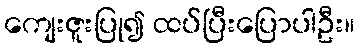
ကျေးဇူးပြု၍ ထပ်ပြီးပြောပါဦး။